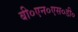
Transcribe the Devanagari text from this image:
बी०एन०एस०डी०